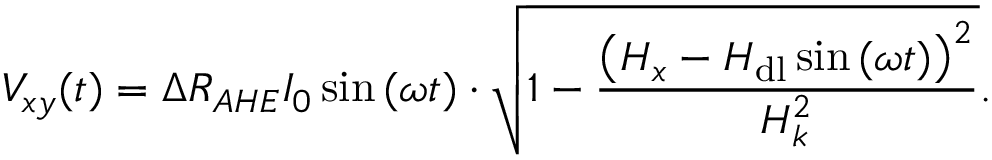
V _ { x y } ( t ) = \Delta R _ { A H E } I _ { 0 } \sin { ( \omega t ) } \cdot \sqrt { 1 - \frac { \left( H _ { x } - H _ { \mathrm { d l } } \sin { ( \omega t ) } \right) ^ { 2 } } { H _ { k } ^ { 2 } } } .